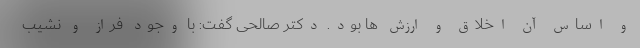
و اساس آن اخلاق و ارزش ها بود. دکتر صالحی گفت: با وجود فراز و نشیب